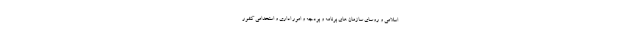
اسلامی و روسای سازمان های برنامه و بودجه و امور اداری و استخدامی کشور